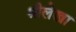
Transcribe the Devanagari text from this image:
श्रीलेखा